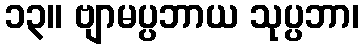
၁၃။ ဗျာမပ္ပဘာယ သုပ္ပဘာ၊